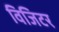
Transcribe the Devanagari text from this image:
विजिटर